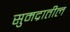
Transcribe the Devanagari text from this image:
सुमद्रातील